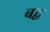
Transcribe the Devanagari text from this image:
बद्व